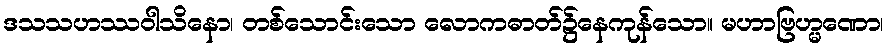
ဒသသဟဿဝါသိနော၊ တစ်သောင်းသော လောကဓာတ်၌နေကုန်သော။ မဟာဗြဟ္မဏော၊